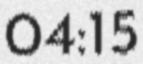
04:15